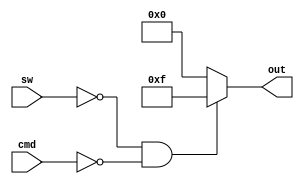
`timescale 1ns / 1ps
//////////////////////////////////////////////////////////////////////////////////
// Company: 
// Engineer: 
// 
// Design Name: 
// Module Name:    blank_logic 
// Project Name: 
// Target Devices: 
// Tool versions: 
// Description: 
//
// Dependencies: 
//
// Revision: 
// Revision 0.01 - File Created
// Additional Comments: 
//
//////////////////////////////////////////////////////////////////////////////////
module blank_logic(
    input [3:0] cmd,
    input sw,
    output reg [3:0] out
    );

always @ (*)
	begin
		 if ((sw == 0) & (cmd == 0))
			  out <= 4'b1111;
		 else
			  out <= 0;
	end

endmodule